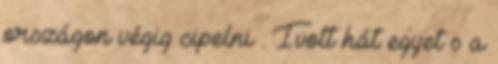
országon végig cipelni . Ivott hát egyet s a